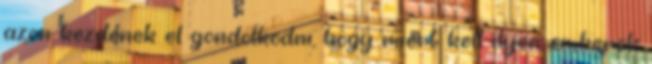
azon kezdenek el gondolkodni, hogy miert kell ilyen emberek